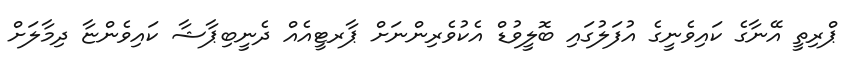
ޕްރިތީ އޭނާގެ ކައިވެނީގެ އުފަލުގައި ބޮލީވުޑް އެކުވެރިންނަށް ޕާރޓީއެއް ދެނީބިޕާޝާ ކައިވެންޏާ ދިމާލަށް